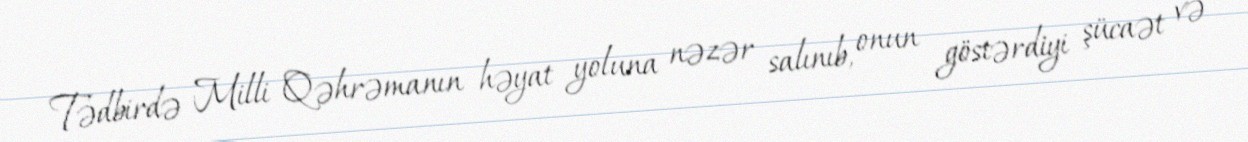
Tədbirdə Milli Qəhrəmanın həyat yoluna nəzər salınıb, onun göstərdiyi şücaət və